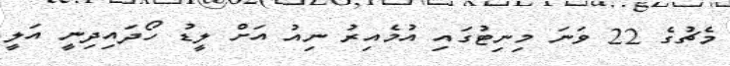
މެޗުގެ 22 ވަނަ މިނިޓުގައި އުމެއިރު ނިއު އަށް ލީޑު ހޯދައިދިނީ އަލީ